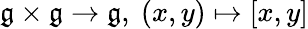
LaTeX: {\mathfrak{g}}\times{\mathfrak{g}}\rightarrow{\mathfrak{g}},\ (x,y)\mapsto[x,y]